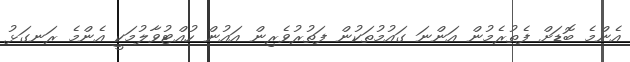
އެންމެ ބޮޑަށް ފެތުރެމުން އަންނަ ގައުމުތަކުން ފަތުރުވެރިން އައުން ހުއްޓުވާލުމަކީ އެންމެ ރަނގަޅު